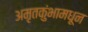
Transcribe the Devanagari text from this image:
अमृतकुंभामधून